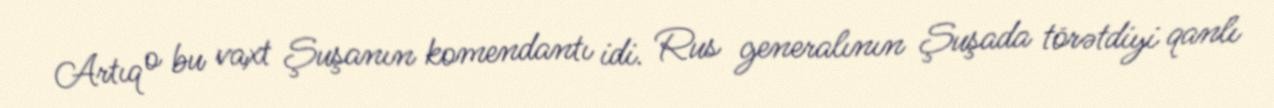
Artıq o bu vaxt Şuşanın komendantı idi. Rus generalının Şuşada törətdiyi qanlı